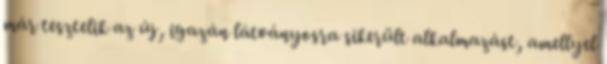
már tesztelik az új, igazán látványosra sikerült alkalmazást, amellyel